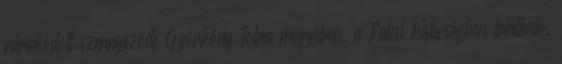
rárakódott szennyeződé Györköny Tolna megyében, a Paksi kistérségben található,